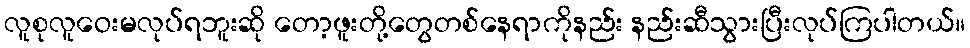
လူစုလူဝေးမလုပ်ရဘူးဆို တော့ဖူးတို့တွေတစ်နေရာကိုနည်း နည်းဆီသွားပြီးလုပ်ကြပါတယ်။